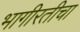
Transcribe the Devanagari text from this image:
भागीरतीचा